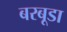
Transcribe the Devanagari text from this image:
बरबूडा